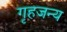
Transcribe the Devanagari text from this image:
गृहजन्य